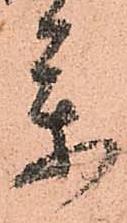
参